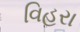
વિહરા